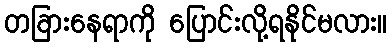
တခြားနေရာကို ပြောင်းလို့ရနိုင်မလား။